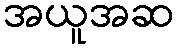
အယူအဆ